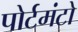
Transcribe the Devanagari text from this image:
पोर्टमंटो